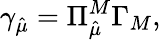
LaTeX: \gamma_{\hat{\mu}}=\Pi_{\hat{\mu}}^{M}\Gamma_{M},